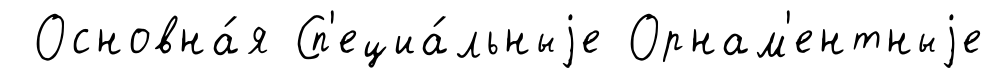
Основна́я Сп'ециа́льныjе Орнам'ентныjе